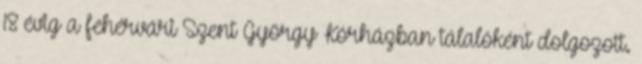
18 évig a fehérvári Szent György Kórházban tálalóként dolgozott.